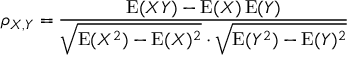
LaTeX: \rho _ { X , Y } = { \frac { \operatorname { E } ( X Y ) - \operatorname { E } ( X ) \operatorname { E } ( Y ) } { { \sqrt { \operatorname { E } ( X ^ { 2 } ) - \operatorname { E } ( X ) ^ { 2 } } } \cdot { \sqrt { \operatorname { E } ( Y ^ { 2 } ) - \operatorname { E } ( Y ) ^ { 2 } } } } }